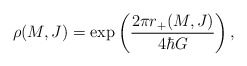
\begin{align*} \rho(M,J) = \exp\left(2\pi r_+(M,J) \over 4\hbar G\right),\end{align*}